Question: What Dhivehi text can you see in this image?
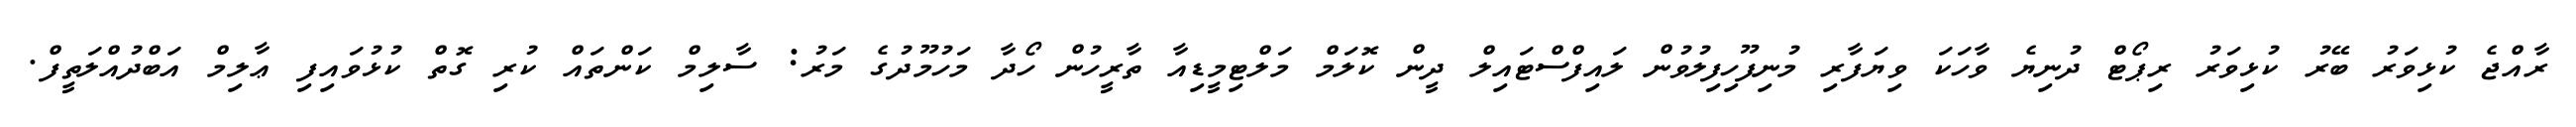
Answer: ރާއްޖެ ކުޅިވަރު ބޭރު ކުޅިވަރު ރިޕޯޓް ދުނިޔެ ވާހަކަ ވިޔަފާރި މުނިފޫހިފިލުވުން ލައިފްސްޓައިލް ދީން ކޮލަމް މަލްޓިމީޑިއާ ތާރީހުން ހޯދާ މަހުމޫދުގެ މަރު: ސާލިމް ކަންތައް ކުރި ގޮތް ކުޅުވައިފި ޢާލިމް އަބްދުއްލަތީފް.